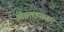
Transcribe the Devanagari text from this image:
ओबलइसतार